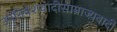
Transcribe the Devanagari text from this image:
उपनिवेशवादीसाम्राज्यवादी